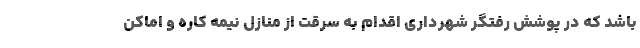
باشد که در پوشش رفتگر شهرداری اقدام به سرقت از منازل نیمه کاره و اماکن